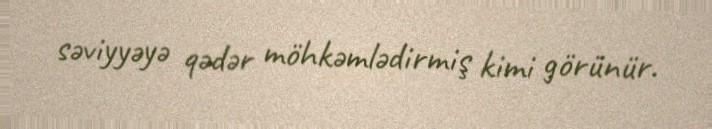
səviyyəyə qədər möhkəmlədirmiş kimi görünür.